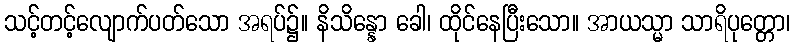
သင့်တင့်လျောက်ပတ်သော အရပ်၌။ နိသိန္နော ခေါ၊ ထိုင်နေပြီးသော။ အာယသ္မာ သာရိပုတ္တော၊